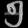
Digit: ၅